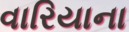
વારિયાના